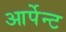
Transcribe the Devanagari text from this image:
आर्पेन्ट